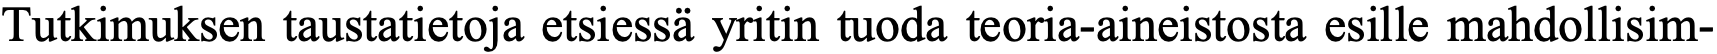
Tutkimuksen taustatietoja etsiessä yritin tuoda teoria-aineistosta esille mahdollisim-